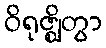
ဝိရုဇ္ဈိတွာ